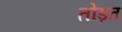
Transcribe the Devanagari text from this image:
तोड़त